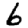
Digit: 6